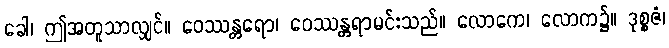
ခေါ၊ ဤအတူသာလျှင်။ ဝေဿန္တရော၊ ဝေဿန္တရာမင်းသည်။ လောကေ၊ လောက၌။ ဒုစ္စဇံ၊